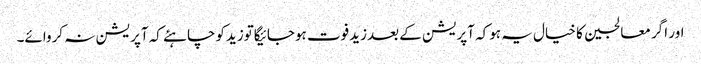
اور اگر معالجین کا خیال یہ ہوکہ آپریشن کے بعدزیدفوت ہوجائیگاتوزیدکوچاہئے کہ آپریشن نہ کروائے۔